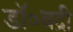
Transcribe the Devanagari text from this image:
डॉ०बद्री